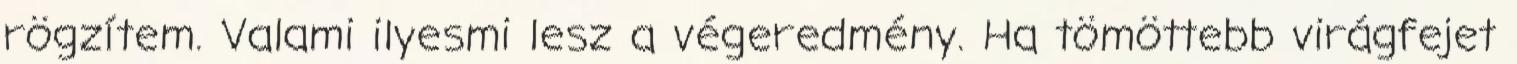
rögzítem. Valami ilyesmi lesz a végeredmény. Ha tömöttebb virágfejet